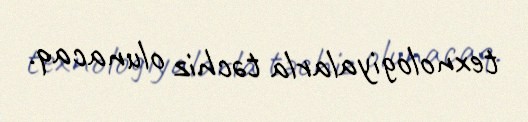
texnologiyalarla təchiz olunacaq.